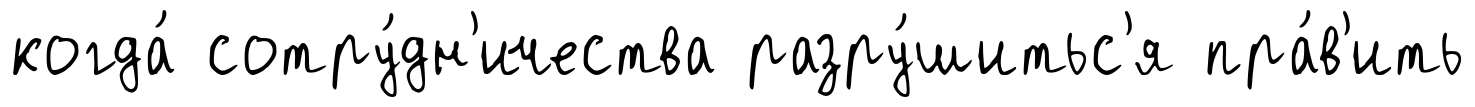
когда́ сотру́дн'ичества разру́шитьс'я пра́в'ить